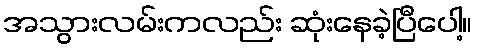
အသွားလမ်းကလည်း ဆုံးနေခဲ့ပြီပေါ့။